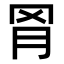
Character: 𬚰